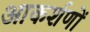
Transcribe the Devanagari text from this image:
आकर्शणों